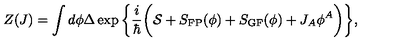
Z ( J ) = \int d \phi \Delta \exp \bigg \{ \frac { i } { \hbar } \bigg ( { \cal S } + S _ { \mathrm { F P } } ( \phi ) + S _ { \mathrm { G F } } ( \phi ) + J _ { A } \phi ^ { A } \bigg ) \bigg \} ,